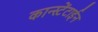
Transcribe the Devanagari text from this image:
कान्स्टेंटाईन